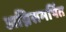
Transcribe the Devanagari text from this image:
अग्निसमर्पित